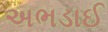
અભડાઈ